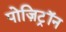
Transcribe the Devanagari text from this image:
पोज़िट्रॉन